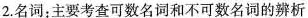
2.名词：主要考查可数名词和不可数名词的辨析